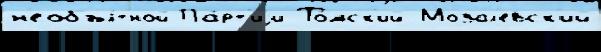
н'еобъя́тной Па́рт'иjи То́мск'ий Мозал'евск'ий